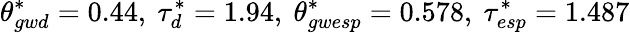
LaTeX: \theta_{gwd}^{*}=0.44,\ \tau_{d}^{*}=1.94,\ \theta_{gwesp}^{*}=0.578,\ \tau_{esp}^{*}=1.487